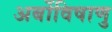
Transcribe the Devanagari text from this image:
अर्बोविषाणु